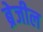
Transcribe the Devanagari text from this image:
ब्रेजील